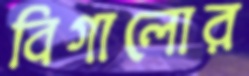
বিগালোর